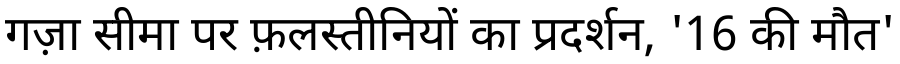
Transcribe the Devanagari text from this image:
गज़ा सीमा पर फ़लस्तीनियों का प्रदर्शन, '16 की मौत'